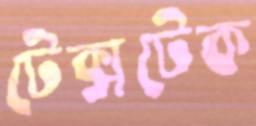
টেক্সটেক